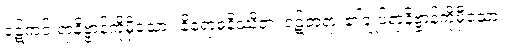
ဝဋ်ကင်းရာနိဗ္ဗာန်ကိုမှီသော။ နိရောဓနိဿိတံ၊ ဝဋ်တရား၏ချုပ်ရာနိဗ္ဗာန်ကိုမှီသော။